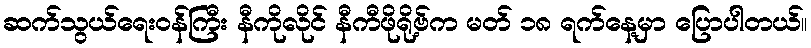
ဆက်သွယ်ရေးဝန်ကြီး နီကိုလိုင် နီကီဖိုရို့ဗ်က မတ် ၁၈ ရက်နေ့မှာ ပြောပါတယ်။